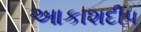
આકાશદીપ